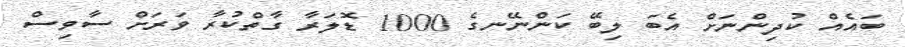
ބައެއް ކުދިންނަށް އެބަ ލިބޭ ކަންނޭނގެ 1000 ޑޮލަރާ ގާތްކުރާ ވަރަށް ސާވިސް